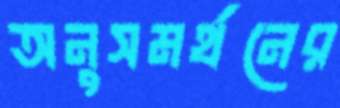
অনুসমর্থনের